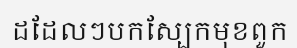
ដដែលៗបកស្បែកមុខពួក